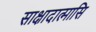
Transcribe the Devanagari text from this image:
साक्षादात्मासि